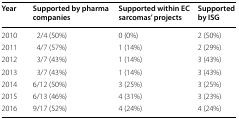
<table><thead><tr><td><b>Year</b></td><td><b>Supported by pharma companies</b></td><td><b>Supported within EC sarcomas’ projects</b></td><td><b>Supported by ISG</b></td></tr></thead><tbody><tr><td>2010</td><td>2/4 (50%)</td><td>0 (0%)</td><td>2 (50%)</td></tr><tr><td>2011</td><td>4/7 (57%)</td><td>1 (14%)</td><td>2 (29%)</td></tr><tr><td>2012</td><td>3/7 (43%)</td><td>1 (14%)</td><td>3 (43%)</td></tr><tr><td>2013</td><td>3/7 (43%)</td><td>1 (14%)</td><td>3 (43%)</td></tr><tr><td>2014</td><td>6/12 (50%)</td><td>3 (25%)</td><td>3 (25%)</td></tr><tr><td>2015</td><td>6/13 (46%)</td><td>4 (31%)</td><td>3 (23%)</td></tr><tr><td>2016</td><td>9/17 (52%)</td><td>4 (24%)</td><td>4 (24%)</td></tr></tbody></table>